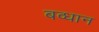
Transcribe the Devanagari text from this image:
बव्धान